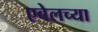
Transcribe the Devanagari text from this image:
एबेलच्या